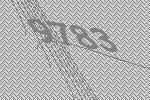
9783